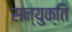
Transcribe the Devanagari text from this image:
सन्युक्ति